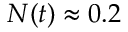
N ( t ) \approx 0 . 2